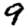
Digit: 9